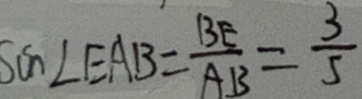
\sin \angle E A B = \frac { B E } { A B } = \frac { 3 } { 5 }